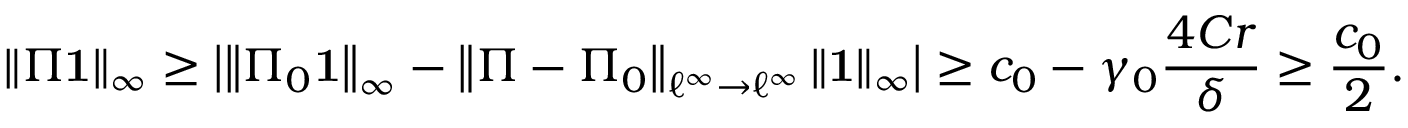
\left\lVert \Pi \mathbf { 1 } \right\rVert _ { \infty } \ge \bigl | \left\lVert \Pi _ { 0 } \mathbf { 1 } \right\rVert _ { \infty } - \left\lVert \Pi - \Pi _ { 0 } \right\rVert _ { \ell ^ { \infty } \to \ell ^ { \infty } } \left\lVert \mathbf { 1 } \right\rVert _ { \infty } \bigr | \ge c _ { 0 } - \gamma _ { 0 } \frac { 4 C r } { \delta } \ge \frac { c _ { 0 } } { 2 } .